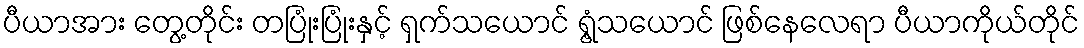
ပီယာအား တွေ့တိုင်း တပြုံးပြုံးနှင့် ရှက်သယောင် ရွံ့သယောင် ဖြစ်နေလေရာ ပီယာကိုယ်တိုင်